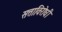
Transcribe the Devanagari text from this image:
सत्ताविरोधी